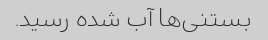
بستنی‌ها آب شده رسید.